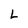
Character: L